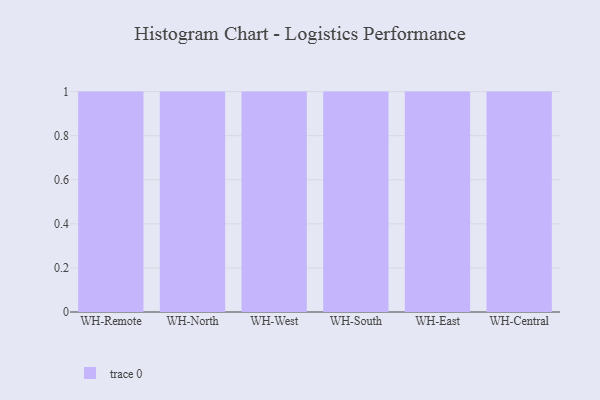
{"axis": {"x": "Warehouse", "y": "Inventory Turnover"}, "legend": [""], "data": [{"x": "WH-Remote", "y": 3, "type": ""}, {"x": "WH-North", "y": 25, "type": ""}, {"x": "WH-West", "y": 63, "type": ""}, {"x": "WH-South", "y": 93, "type": ""}, {"x": "WH-East", "y": 6, "type": ""}, {"x": "WH-Central", "y": 63, "type": ""}]}